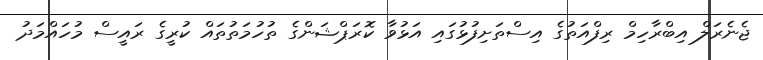
ޖެނެރަލް އިބްރާހިމް ރިފްއަތުގެ އިސްތަށިފުޅުގައި އަޅުވާ ކޮރަޕްޝަންގެ ތުހުމަތުތައް ކުރީގެ ރައީސް މުހައްމަދު